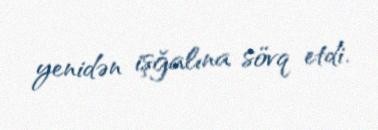
yenidən işğalına sövq etdi.